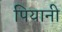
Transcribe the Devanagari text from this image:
पियानी